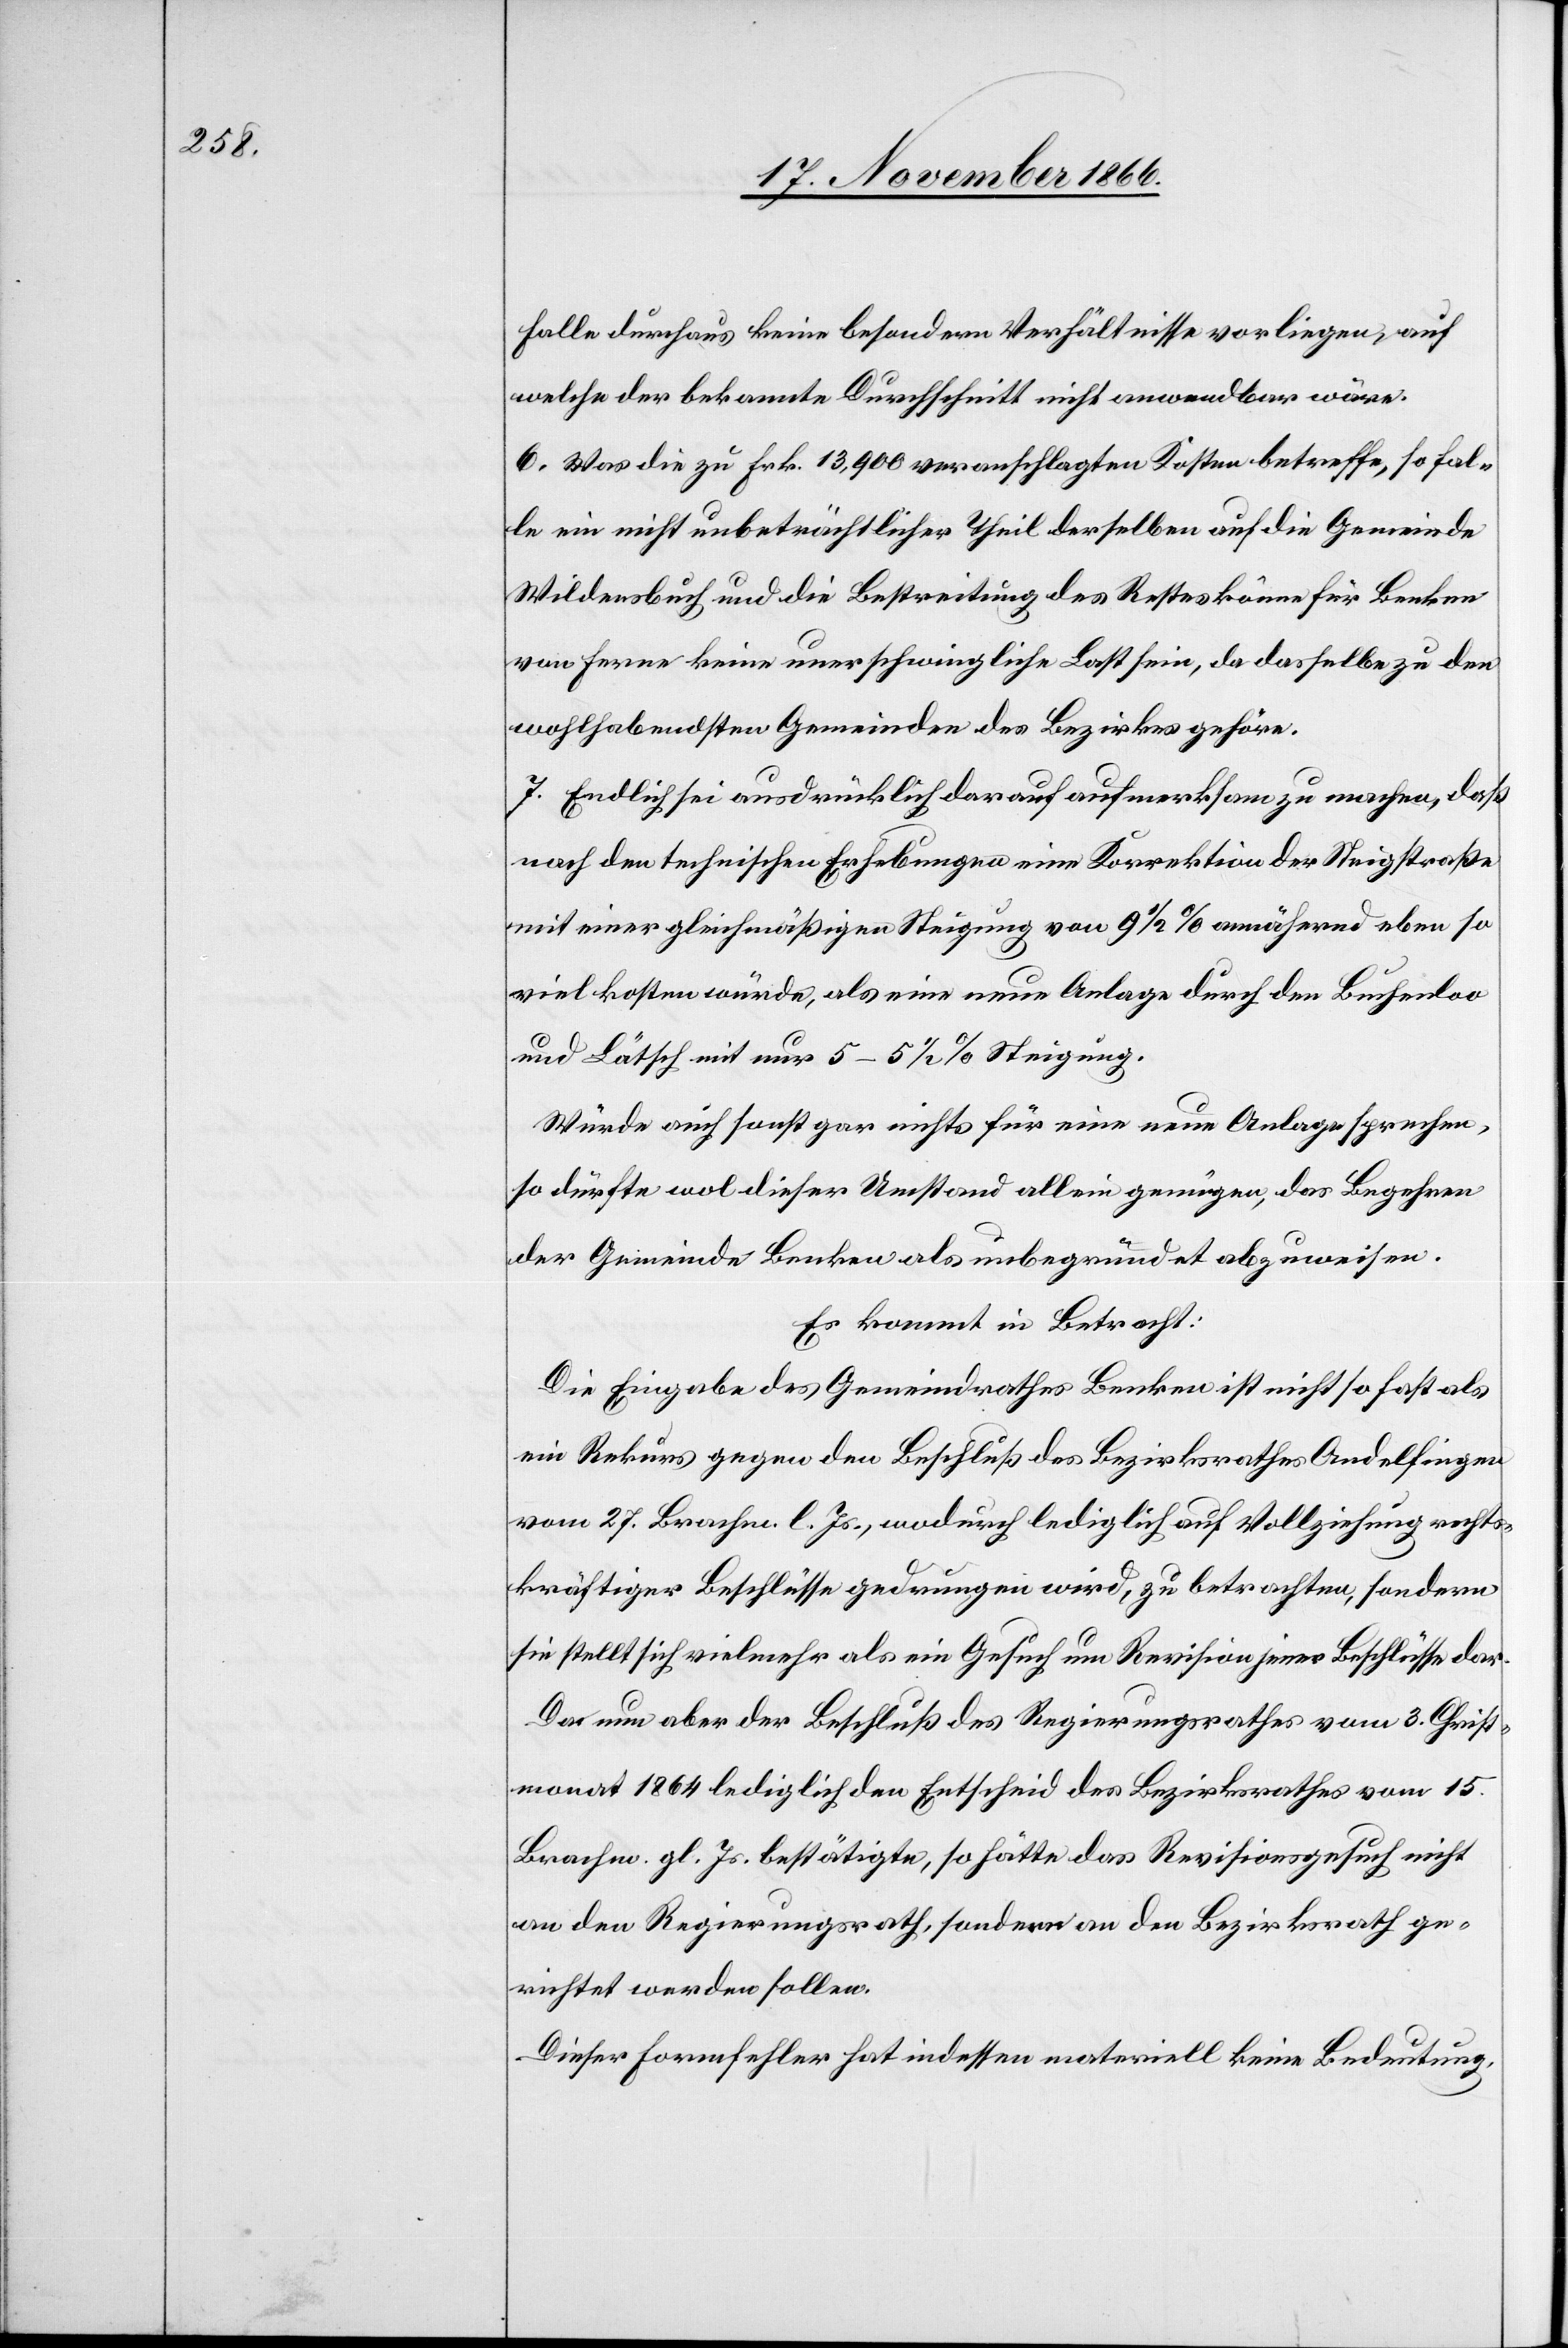
Falle durchaus keine besondern Verhältnisse vorliegen, auf
welche der bekannte Durchschnitt nicht anwendbar wäre.
6. Was die zu Frk. 13 900 veranschlagten Kosten betreffe, so fal¬
le ein nicht unbeträchtlicher Theil derselben auf die Gemeinde
Wildensbuch und die Bestreitung des Restes könne für Benken
von Ferne keine unerschwingliche Last sein, da dasselbe zu den
wohlhabendsten Gemeinden des Bezirkes gehöre.
7. Endlich sei ausdrücklich darauf aufmerksam zu machen, daß
nach den technischen Erhebungen eine Korrektion der Steigstraße
mit einer gleichmäßigen Steigung von 9 ½% annährend eben so
viel kosten würde, als eine neue Anlage durch den Buchenloo
und Lätsch mit nur 5–5 ½% Steigung.
Würde auch sonst gar nichts für einen neue Anlage sprechen,
so dürfte wol dieser Umstand allein genügen, das Begehren
der Gemeinde Benken als unbegründet abzuweisen.
Es kommt in Betracht:
Die Eingabe des Gemeindrathes Benken ist nicht so fast als
ein Rekurs gegen den Beschluß des Bezirksrathes Andelfingen
vom 27. Brachm. l. Js., wodurch lediglich auf Vollziehung rechts¬
kräftiger Beschlüsse gedrungen wird, zu betrachten, sondern
sie stellt sich vielmehr als ein Gesuch um Revision jener Beschlüsse dar.
Da nun aber der Beschluß des Regierungsrathes vom 3. Christ¬
monat 1864 lediglich den Entscheid des Bezirksrathes vom 15.
Brachm. gl. Js. bestätigte, so hätte das Revisionsgesuch nicht
an den Regierungsrath, sondern an den Bezirksrath ge¬
richtet werden sollen.
Dieser Formfehler hat indessen materiell keine Bedeutung,